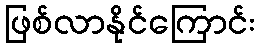
ဖြစ်လာနိုင်ကြောင်း